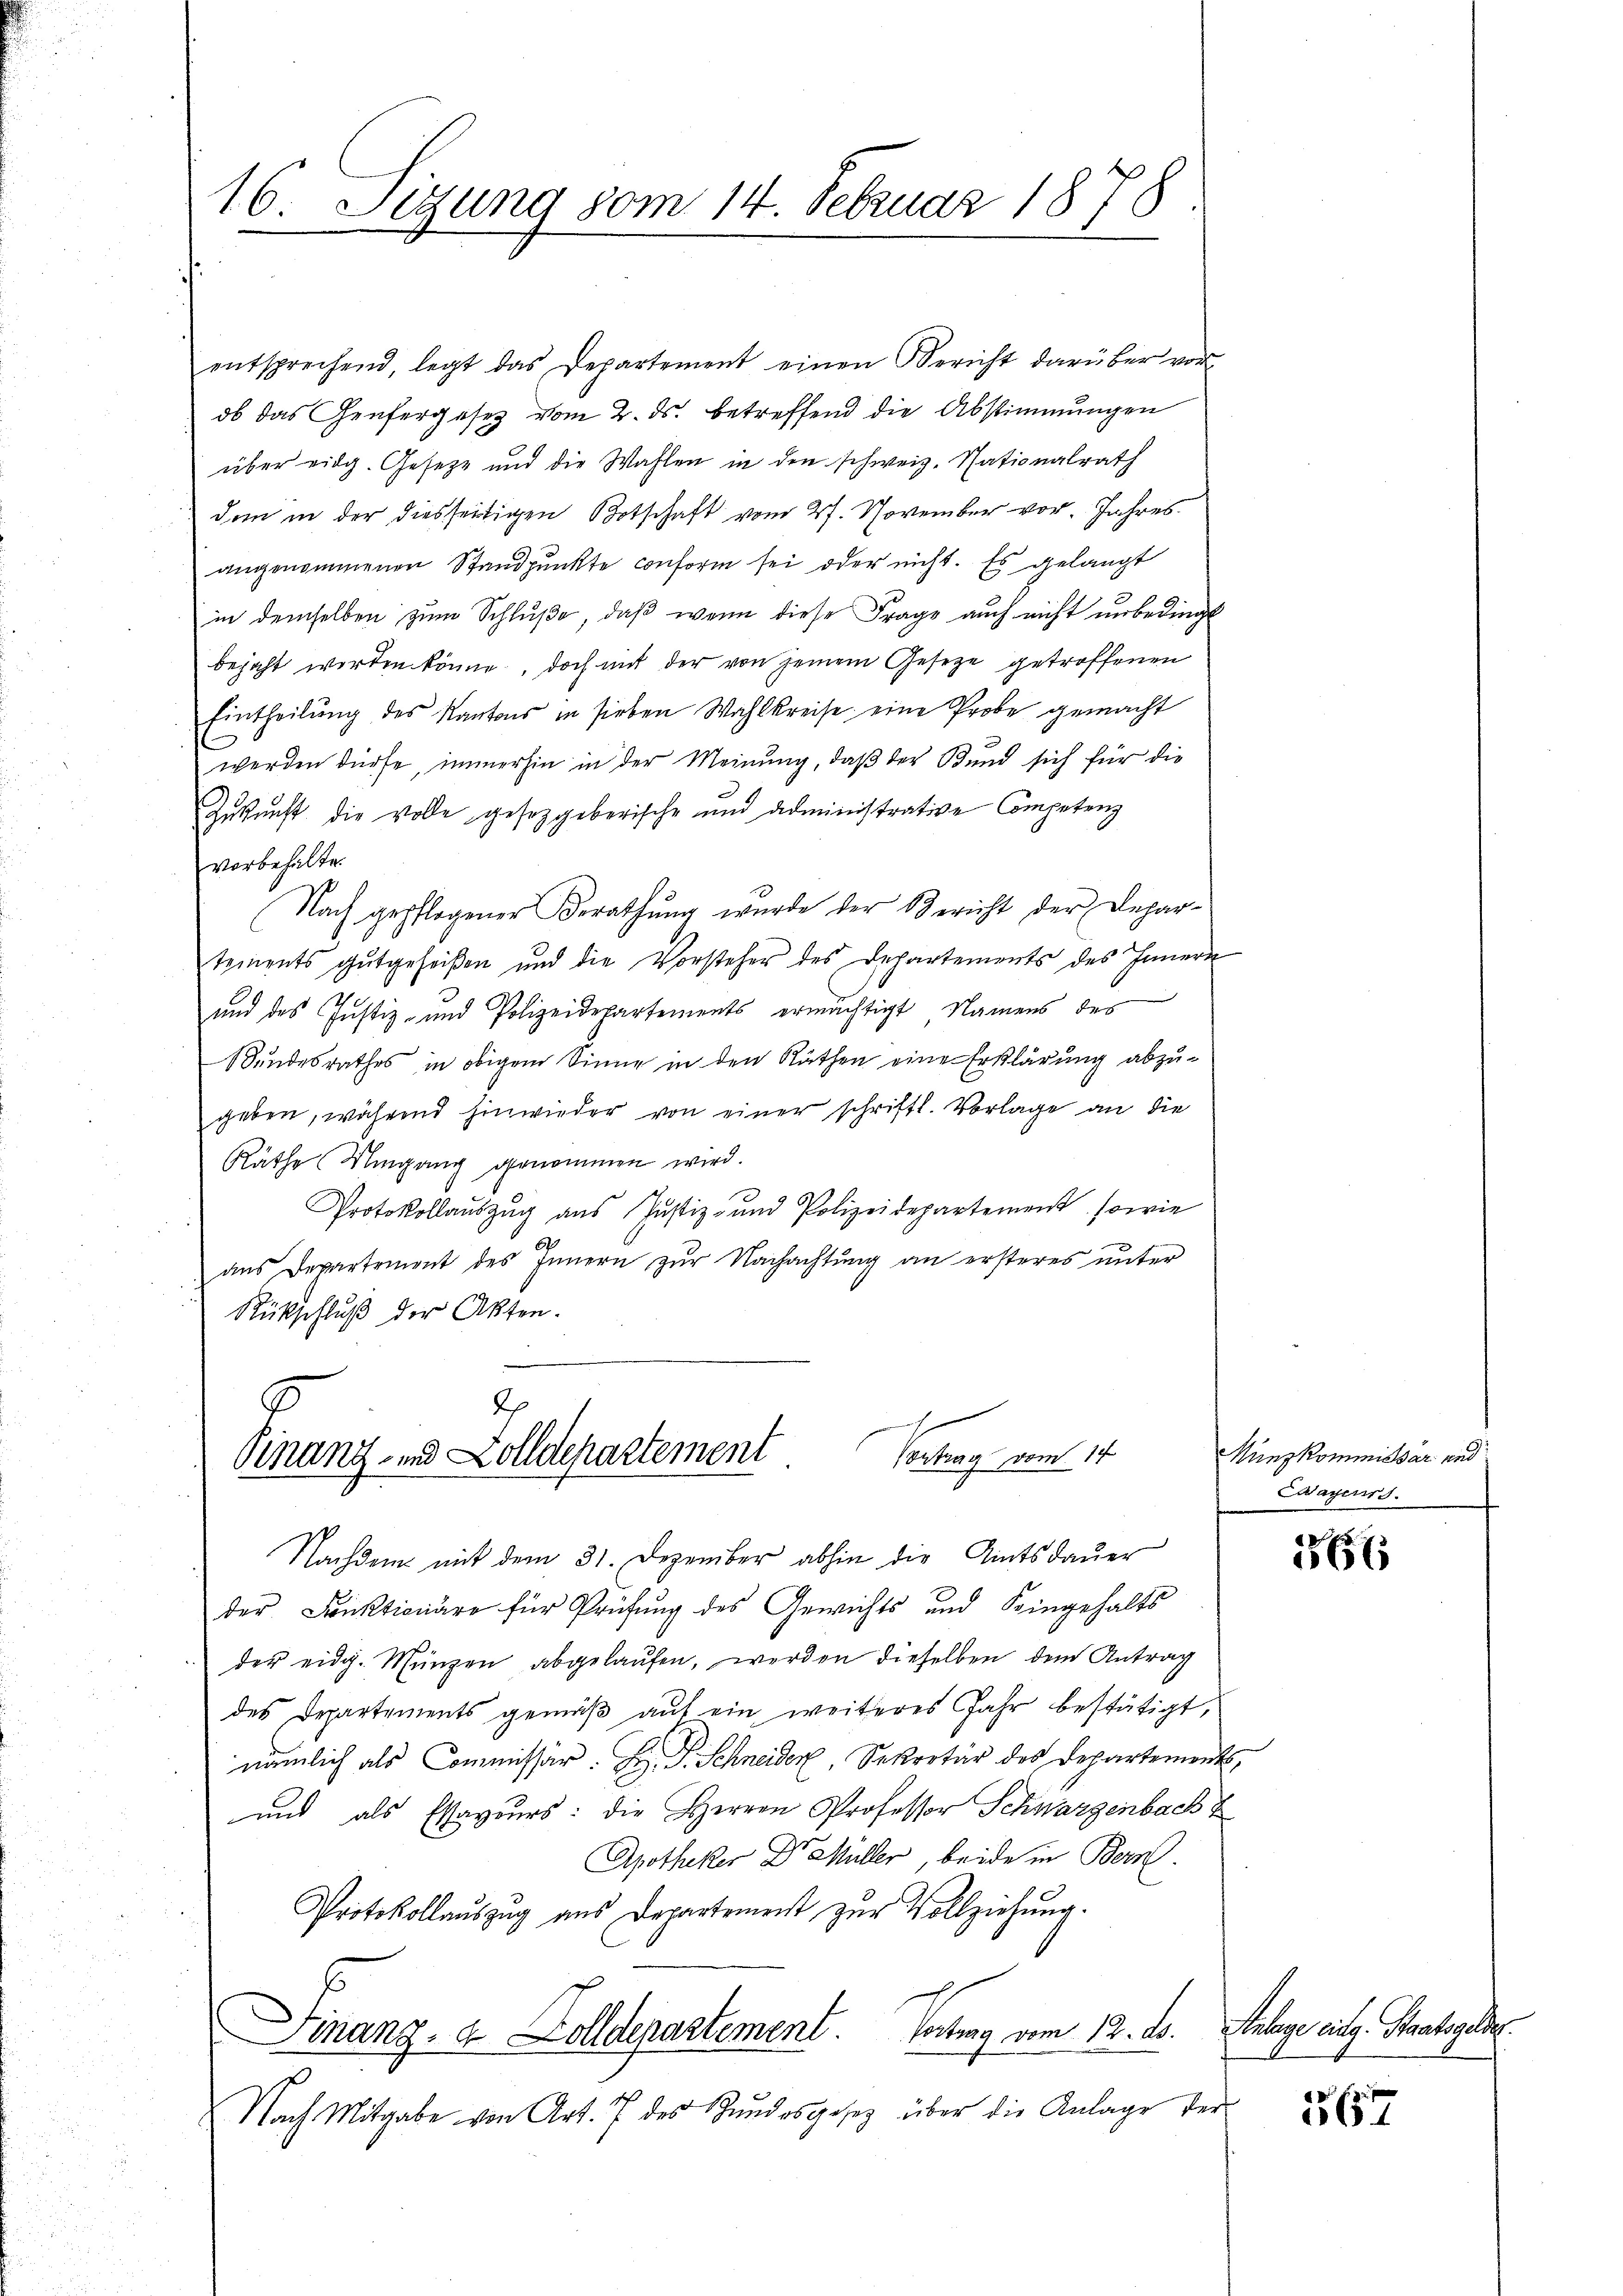
16. Sigung vom 14. Februar 1878.

entsprechend legt das Departement einen Bericht darüber vor
ob das Genfergesetz vom 2. ds. betreffend die Abstimmungen
über eidg. Gesetzt und die Wahlen in den schweiz. Nationalrath
dem in der diesseitigen Botschaft vom 27. November vor. Jahres
angenommenen Standpunkte conform sei oder nicht. Es gelangt
in demselben zum Schluße, daß wenn diese Frage auch nicht unbedingt
bejaht werden könne, doch mit der von jenem Gesetze getroffenen
Eintheilung des Kantons in sieben Wahlkreise eine Probe gemacht
werden dürfe, immerhin in der Meinung, daß der Bund sich für die
Zukunft die volle gesetzgeberische und administrative Competenz
vorbehalte.
Nach gepflogener Berathung wurde der Bericht der Departements gutgeheißen und die Vorsteher des Departements des Innern
und des Justiz- und Polizeidepartements ermächtigt, Namens des
Bundesrathes in obigem Sinne in den Räthen eine Erklärung abzugeben, während hinwieder von einer schriftl. Vorlage an die
Räthe (Mingang genommen wird.
Protokollaŭszŭg aŭs Jŭstiz- und Polizeidepartement, sowie
ans Departement des Innern zŭr Nachachtŭng an ersteres ŭnter
Rückschluß der Akten.

G
dh
Contrag vom 14
Finanz- und Zolldepartement

Nachdem mit dem 31. Dezember abhin die Amtsdaŭer
der Funktionäre für Prüfung des Gewichts und Seingehalts
der eidg. Münzen abgelaŭfen, werden dieselben dem Antrag
des Departements gemäβ aŭf ein weiteres Jahr bestätigt,
nämlich als Commissär H. P. Schneider, Sekretär des Departement
und als Essavours: die Herren Professor Schwarzenbach u
Apotheker Dr. Müller beide in Bern.
Protokollaŭszŭg aŭs Departement zŭr Vollziehŭng.
Finanz- & Zolldepartement. Vortrag vom 12. ds.
Nach Mitgabe von Art. 7 des Bundesgesetz über die Anlage der

Nunzkommissar und
Caagers.

1

Anlage eing. Staatsgelde

567